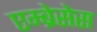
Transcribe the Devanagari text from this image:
एम्ब्रेसेस